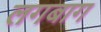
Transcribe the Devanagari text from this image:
लगबाग